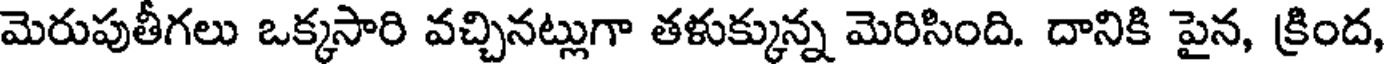
మెరుపుతీగలు ఒక్కసారి వచ్చినట్లుగా తళుక్కున్న మెరిసింది. దానికి పైన, క్రింద,